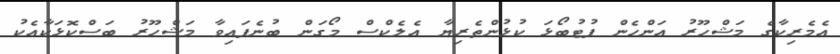
އެމެރިކާގެ މަޝްހޫރު އަންހެން ފުޓުބޯޅަ ކުޅުންތެރިޔާ އެލެކްސް މޯގަން ބުނެފައިވާ މަޝްހޫރު ބަސްކޮޅަކާއެކު